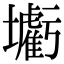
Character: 𡓰